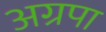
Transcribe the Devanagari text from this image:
अग्रपा